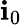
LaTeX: \mathbf{i}_{0}